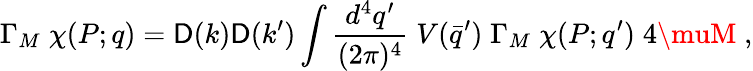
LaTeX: \Gamma_{M}\; \chi(P;q)=\mathsf{D}(k)\mathsf{D}(k^{\prime})\int\frac{{d^{4}q^{\prime}}}{{(2\pi)^{4}}}\; V(\bar{{q}}^{\prime})\; \Gamma_{M}\; \chi(P;q^{\prime})\; 4\muM\; ,